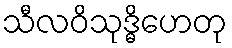
သီလဝိသုဒ္ဓိဟေတု